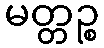
မတ္တဉ္စ